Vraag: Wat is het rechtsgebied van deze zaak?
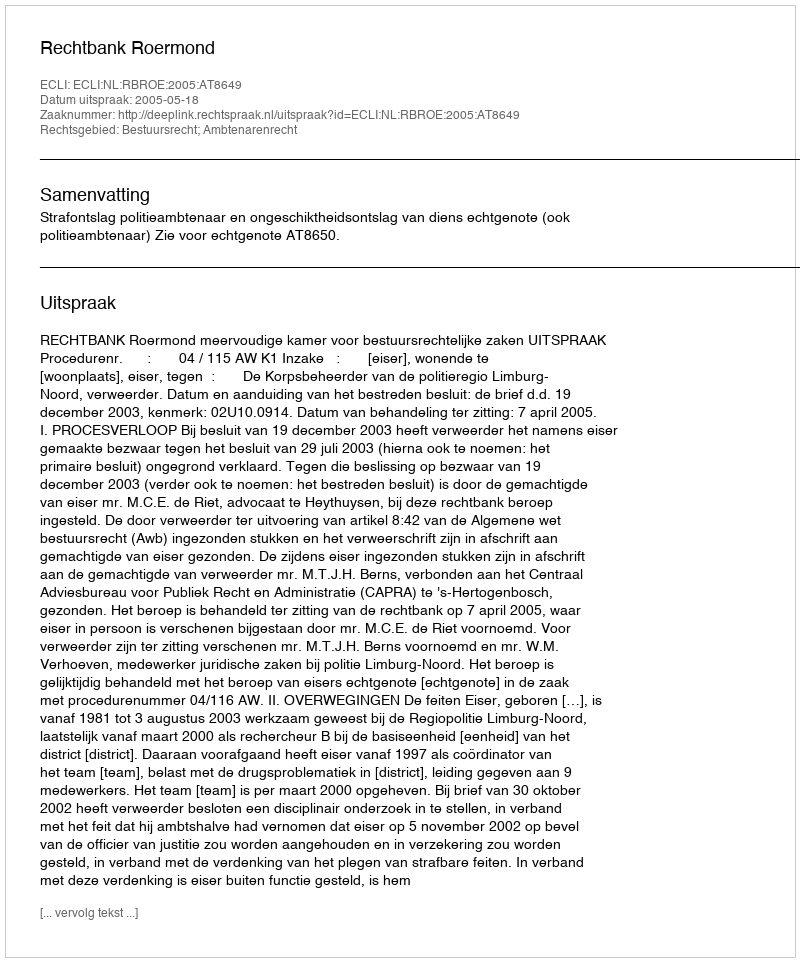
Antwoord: Bestuursrecht; Ambtenarenrecht